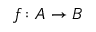
f \colon A \to B